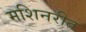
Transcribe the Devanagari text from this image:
मशिनरीत